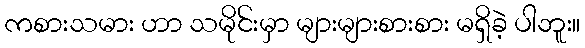
ကစားသမား ဟာ သမိုင်းမှာ များများစားစား မရှိခဲ့ ပါဘူး။